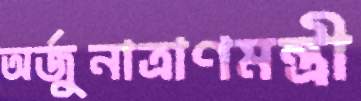
অর্জুনাত্রাণমন্ত্রী